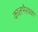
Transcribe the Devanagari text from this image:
कालभैरवका